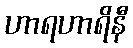
ဟာရဟာရိနီ